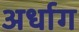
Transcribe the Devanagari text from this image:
अर्धाग